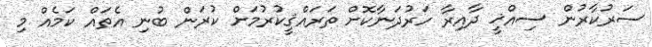
ސަރުކާރުން ސިއްޚީ ދާއިރާ ހަރުދަނާކޮށް ތަރައްޤީކުރުމަށް ކުރަން ބުނި އެތައް ކަމެއް މި